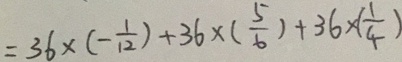
= 3 6 \times ( - \frac { 1 } { 2 } ) + 3 6 \times ( \frac { 5 } { 6 } ) + 3 6 \times ( \frac { 1 } { 4 } )